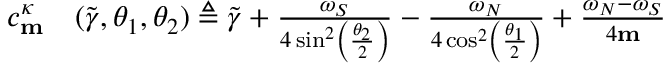
\begin{array} { r l } { c _ { \mathbf { m } } ^ { \kappa } } & { { } ( \widetilde { \gamma } , \theta _ { 1 } , \theta _ { 2 } ) \triangleq \widetilde { \gamma } + \frac { \omega _ { S } } { 4 \sin ^ { 2 } \left( \frac { \theta _ { 2 } } { 2 } \right) } - \frac { \omega _ { N } } { 4 \cos ^ { 2 } \left( \frac { \theta _ { 1 } } { 2 } \right) } + \frac { \omega _ { N } - \omega _ { S } } { 4 \mathbf { m } } } \end{array}